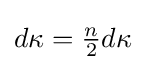
\textstyle d\kappa ={\frac {n}{2}}d\kappa